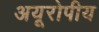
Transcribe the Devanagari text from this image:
अयूरोपीय